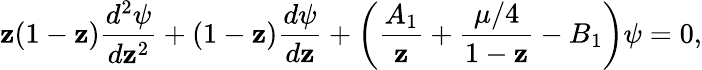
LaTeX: \mathbf{z}(1-\mathbf{z}){\frac{{d^{2}\psi}}{{d\mathbf{z}^{2}}}}+(1-\mathbf{z}){\frac{{d\psi}}{{d\mathbf{z}}}}+\left({\frac{{A_{1}}}{{\mathbf{z}}}}+{\frac{{\mu/4}}{{1-\mathbf{z}}}}-B_{1}\right)\psi=0,